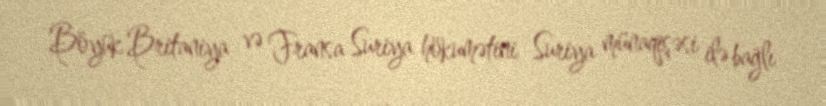
Böyük Britaniya və Fransa Suriya hökumətini Suriya münaqişəsi ilə bağlı